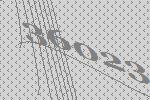
36023